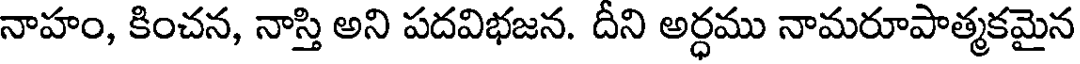
నాహం, కించన, నాస్తి అని పదవిభజన. దీని అర్ధము నామరూపాత్మకమైన